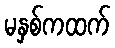
မနှစ်ကထက်